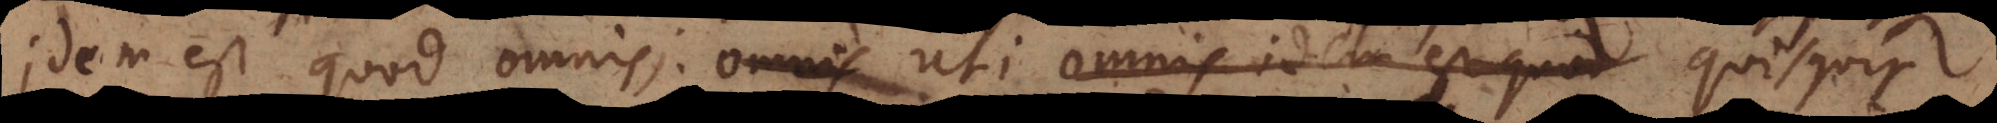
idem est quod omnis, uti omnis idem est quod quisquis